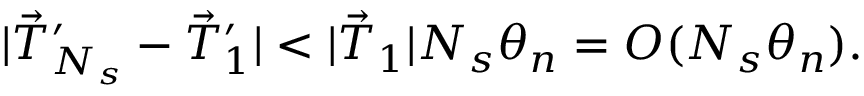
| \vec { T } _ { N _ { s } } ^ { \prime } - \vec { T } _ { 1 } ^ { \prime } | < | \vec { T } _ { 1 } | N _ { s } \theta _ { n } = O ( N _ { s } \theta _ { n } ) .